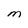
Character: M